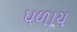
પળાય